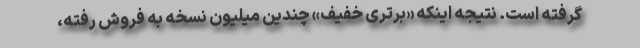
گرفته است. نتیجه اینکه «برتری خفیف» چندین میلیون نسخه به فروش رفته،